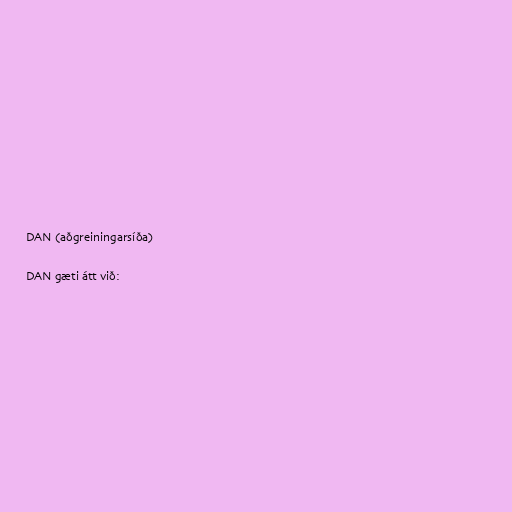
DAN (aðgreiningarsíða)

DAN gæti átt við: